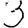
Digit: 3